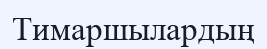
Тимаршылардың